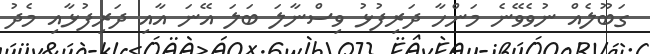
ގަބޫލެއް ނުވެވޭނެ މަންހާ ދަރިފުޅު ވިސްނާލަ ބަލަ އޭނަ އާއި ދަރިފުޅާއި މެދު